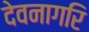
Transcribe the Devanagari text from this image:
देवनागरि